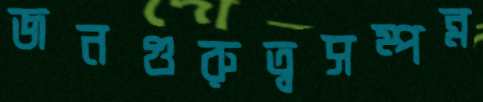
জনগুরুত্বসম্পন্ন